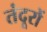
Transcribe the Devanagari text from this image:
तंदूरों